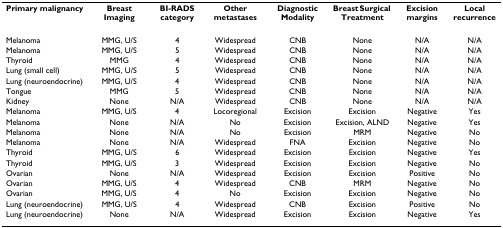
| Primary malignancy | Breast Imaging | BI-RADS category | Other metastases | Diagnostic Modality | Breast Surgical Treatment | Excision margins | Local recurrence |
 | --- | --- | --- | --- | --- | --- | --- | --- |
 | Melanoma | MMG, U/S | 4 | Widespread | CNB | None | N/A | N/A |
 | Melanoma | MMG, U/S | 5 | Widespread | CNB | None | N/A | N/A |
 | Thyroid | MMG | 4 | Widespread | CNB | None | N/A | N/A |
 | Lung (small cell) | MMG, U/S | 5 | Widespread | CNB | None | N/A | N/A |
 | Lung (neuroendocrine) | MMG, U/S | 4 | Widespread | CNB | None | N/A | N/A |
 | Tongue | MMG | 5 | Widespread | CNB | None | N/A | N/A |
 | Kidney | None | N/A | Widespread | CNB | None | N/A | N/A |
 | Melanoma | MMG, U/S | 4 | Locoregional | Excision | Excision | Negative | Yes |
 | Melanoma | None | N/A | No | Excision | Excision, ALND | Negative | Yes |
 | Melanoma | None | N/A | No | Excision | MRM | Negative | No |
 | Melanoma | None | N/A | Widespread | FNA | Excision | Negative | No |
 | Thyroid | MMG, U/S | 6 | Widespread | Excision | Excision | Negative | Yes |
 | Thyroid | MMG, U/S | 3 | Widespread | Excision | Excision | Negative | No |
 | Ovarian | None | N/A | Widespread | Excision | Excision | Positive | No |
 | Ovarian | MMG, U/S | 4 | Widespread | CNB | MRM | Negative | No |
 | Ovarian | MMG, U/S | 4 | No | Excision | Excision | Negative | No |
 | Lung (neuroendocrine) | MMG, U/S | 4 | Widespread | CNB | Excision | Positive | No |
 | Lung (neuroendocrine) | None | N/A | Widespread | Excision | Excision | Negative | Yes |